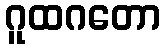
ဂူထဂတော